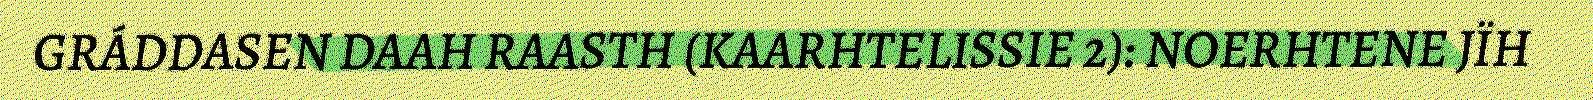
GRÁDDASEN DAAH RAASTH (KAARHTELISSIE 2): NOERHTENE JÏH